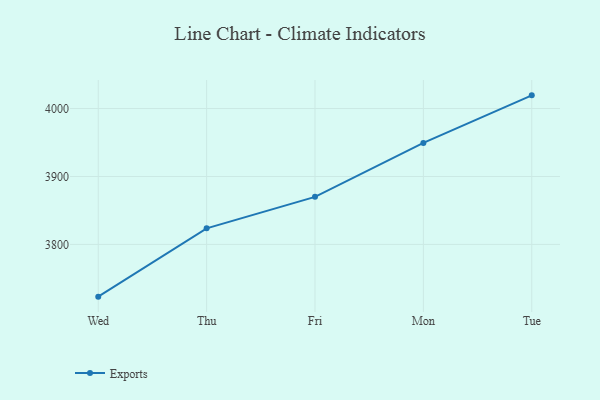
{"axis": {"x": "Day", "y": "Latency (ms)"}, "legend": ["Exports"], "data": [{"x": "Wed", "y": 3723.1, "type": "Exports"}, {"x": "Thu", "y": 3823.7, "type": "Exports"}, {"x": "Fri", "y": 3870.0, "type": "Exports"}, {"x": "Mon", "y": 3949.4, "type": "Exports"}, {"x": "Tue", "y": 4019.4, "type": "Exports"}]}